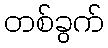
တစ်ခွက်